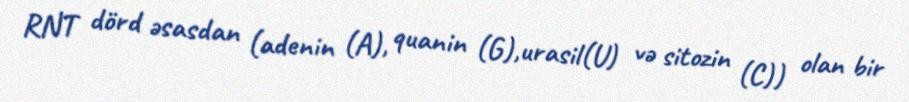
RNT dörd əsasdan (adenin (A), quanin (G),urasil(U) və sitozin (C)) olan bir